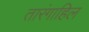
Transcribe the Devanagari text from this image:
तारंगाहिल